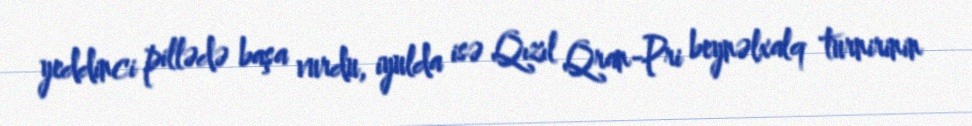
yeddinci pillədə başa vurdu, iyulda isə Qızıl Qran-Pri beynəlxalq turnirinin